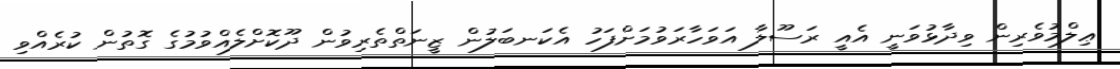
ޢިލްމުވެރިން ވިދާޅުވަނީ އެއީ ރަސޫލާ އަވަހާރަވުމަށްފަހު އެކަނބަލުން ޒީނަތްތެރިވުން ދޫކޮށްލެއްވުމުގެ ގޮތުން ކުރެއްވި